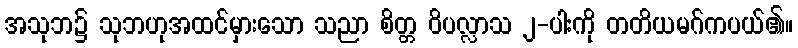
အသုဘ၌ သုဘဟုအထင်မှားသော သညာ စိတ္တ ဝိပလ္လာသ ၂-ပါးကို တတိယမဂ်ကပယ်၏။